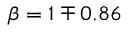
\beta = 1 \mp 0 . 8 6